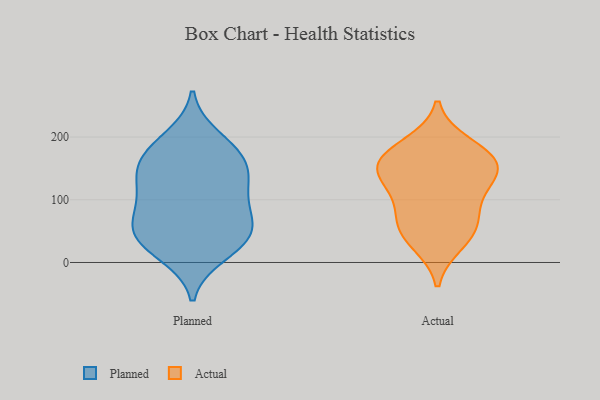
{"axis": {"x": "Waste Production (Tons)", "y": "Value"}, "legend": ["Actual", "Planned"], "data": [{"x": "", "y": 50, "type": "Planned"}, {"x": "", "y": 65, "type": "Planned"}, {"x": "", "y": 147, "type": "Planned"}, {"x": "", "y": 160, "type": "Planned"}, {"x": "", "y": 137, "type": "Planned"}, {"x": "", "y": 12, "type": "Planned"}, {"x": "", "y": 103, "type": "Planned"}, {"x": "", "y": 89, "type": "Planned"}, {"x": "", "y": 52, "type": "Planned"}, {"x": "", "y": 183, "type": "Planned"}, {"x": "", "y": 39, "type": "Planned"}, {"x": "", "y": 20, "type": "Planned"}, {"x": "", "y": 200, "type": "Planned"}, {"x": "", "y": 106, "type": "Planned"}, {"x": "", "y": 140, "type": "Planned"}, {"x": "", "y": 175, "type": "Planned"}, {"x": "", "y": 47, "type": "Planned"}, {"x": "", "y": 166, "type": "Actual"}, {"x": "", "y": 131, "type": "Actual"}, {"x": "", "y": 50, "type": "Actual"}, {"x": "", "y": 32, "type": "Actual"}, {"x": "", "y": 115, "type": "Actual"}, {"x": "", "y": 157, "type": "Actual"}, {"x": "", "y": 148, "type": "Actual"}, {"x": "", "y": 82, "type": "Actual"}, {"x": "", "y": 60, "type": "Actual"}, {"x": "", "y": 163, "type": "Actual"}, {"x": "", "y": 187, "type": "Actual"}]}